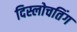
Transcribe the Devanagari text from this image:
दिस्लोचतिंग